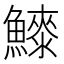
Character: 𱇀